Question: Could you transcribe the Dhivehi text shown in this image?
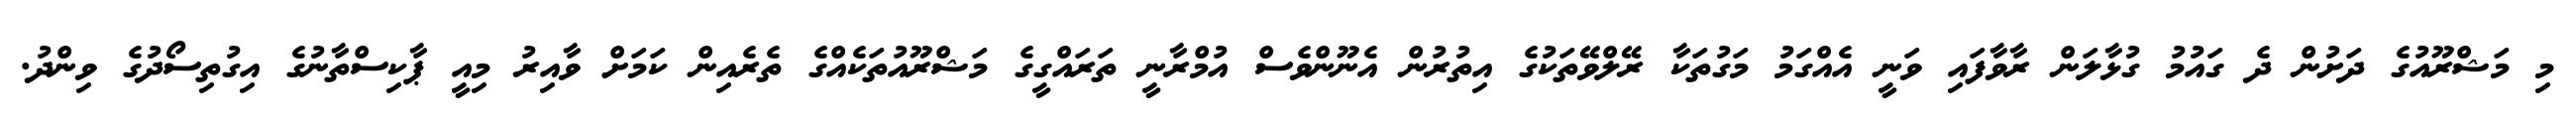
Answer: މި މަޝްރޫއުގެ ދަށުން ދެ ގައުމު ގުޅާލަން ރާވާފައި ވަނީ އެއްގަމު މަގުތަކާ ރޭލްވޭތަކުގެ އިތުރުން އެނޫންވެސް އުމްރާނީ ތަރައްގީގެ މަޝްރޫއުތަކެއްގެ ތެރެއިން ކަމަށް ވާއިރު މިއީ ޕާކިސްތާނުގެ އިގުތިސޯދުގެ ވިންދު.